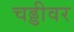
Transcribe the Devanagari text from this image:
चड्डीवर